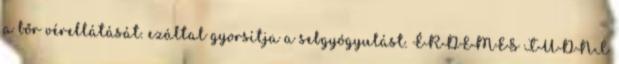
a bőr vérellátását. ezáltal gyorsítja a sebgyógyulást. ÉRDEMES TUDNI